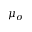
\mu _ { \sigma }